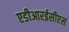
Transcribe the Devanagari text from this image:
एडीआरईसीएस